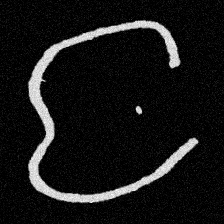
Pyu character \u2014 Myanmar letter: င (romanized: nga)